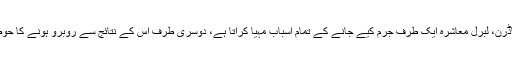
ویسے ہی نام نہاد ماڈرن، لبرل معاشرہ ایک طرف جرم کیے جانے کے تمام اسباب مہیا کراتا ہے، دوسری طرف اس کے نتائج سے روبرو ہونے کا حوصلہ بھی نہیں رکھتا۔